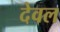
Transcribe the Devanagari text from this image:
देवल